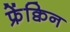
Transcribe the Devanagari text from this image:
फ्रेंक्विन